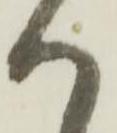
ハ